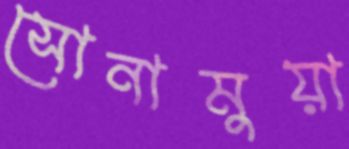
সোনামুয়া